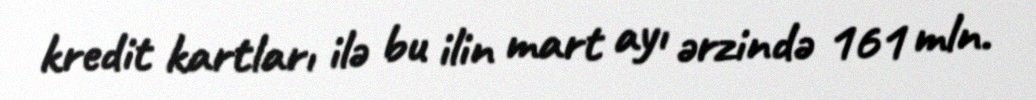
kredit kartları ilə bu ilin mart ayı ərzində 161 mln.